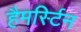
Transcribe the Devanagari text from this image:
हैमर्स्टिन